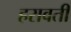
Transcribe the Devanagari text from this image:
हरावती